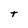
Character: t